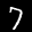
Label: 7